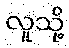
လူသို့